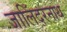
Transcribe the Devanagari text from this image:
जालिँदरनाथ